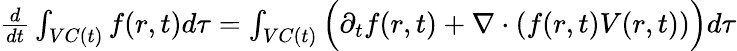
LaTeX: \begin{array}{r}{\frac{d}{dt}\int_{VC(t)}f(r,t)d\tau=\int_{VC(t)}\Big(\partial_{t}f(r,t)+\nabla\cdot(f(r,t)V(r,t))\Big)d\tau}\end{array}